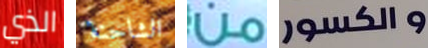
الذي الشاحنة من والكسور